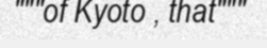
"""of Kyoto , that"""